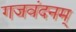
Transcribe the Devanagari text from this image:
गजवंदनम्